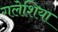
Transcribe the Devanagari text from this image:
गलेशिया